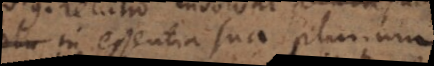
plu in essentia sua plurium